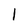
Character: 1